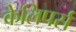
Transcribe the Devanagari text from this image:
केलिपर्स